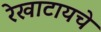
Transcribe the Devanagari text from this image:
रेखाटायचे